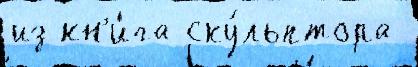
из кн'и́га ску́льптора